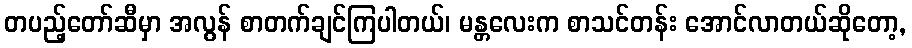
တပည့်တော်ဆီမှာ အလွန် စာတက်ချင်ကြပါတယ်၊ မန္တလေးက စာသင်တန်း အောင်လာတယ်ဆိုတော့,